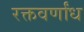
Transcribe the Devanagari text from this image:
रक्तवर्णांध